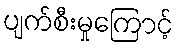
ပျက်စီးမှုကြောင့်